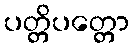
ပတ္တိပတ္တော